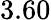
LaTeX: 3.60